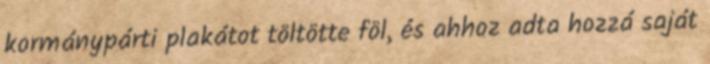
kormánypárti plakátot töltötte föl, és ahhoz adta hozzá saját